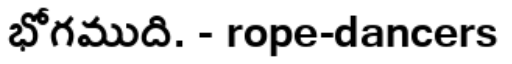
భోగముది. - rope-dancers